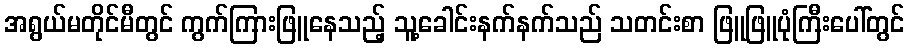
အရွယ်မတိုင်မီတွင် ကွက်ကြားဖြူနေသည့် သူ့ခေါင်းနက်နက်သည် သတင်းစာ ဖြူဖြူပုံကြီးပေါ်တွင်